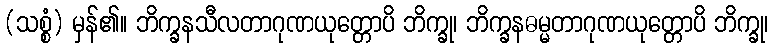
(သစ္စံ) မှန်၏။ ဘိက္ခနသီလတာဂုဏယုတ္တောပိ ဘိက္ခု၊ ဘိက္ခနဓမ္မတာဂုဏယုတ္တောပိ ဘိက္ခု၊